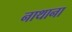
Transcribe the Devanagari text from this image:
नाथाना